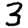
Digit: 3